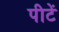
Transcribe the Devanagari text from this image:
पीटें